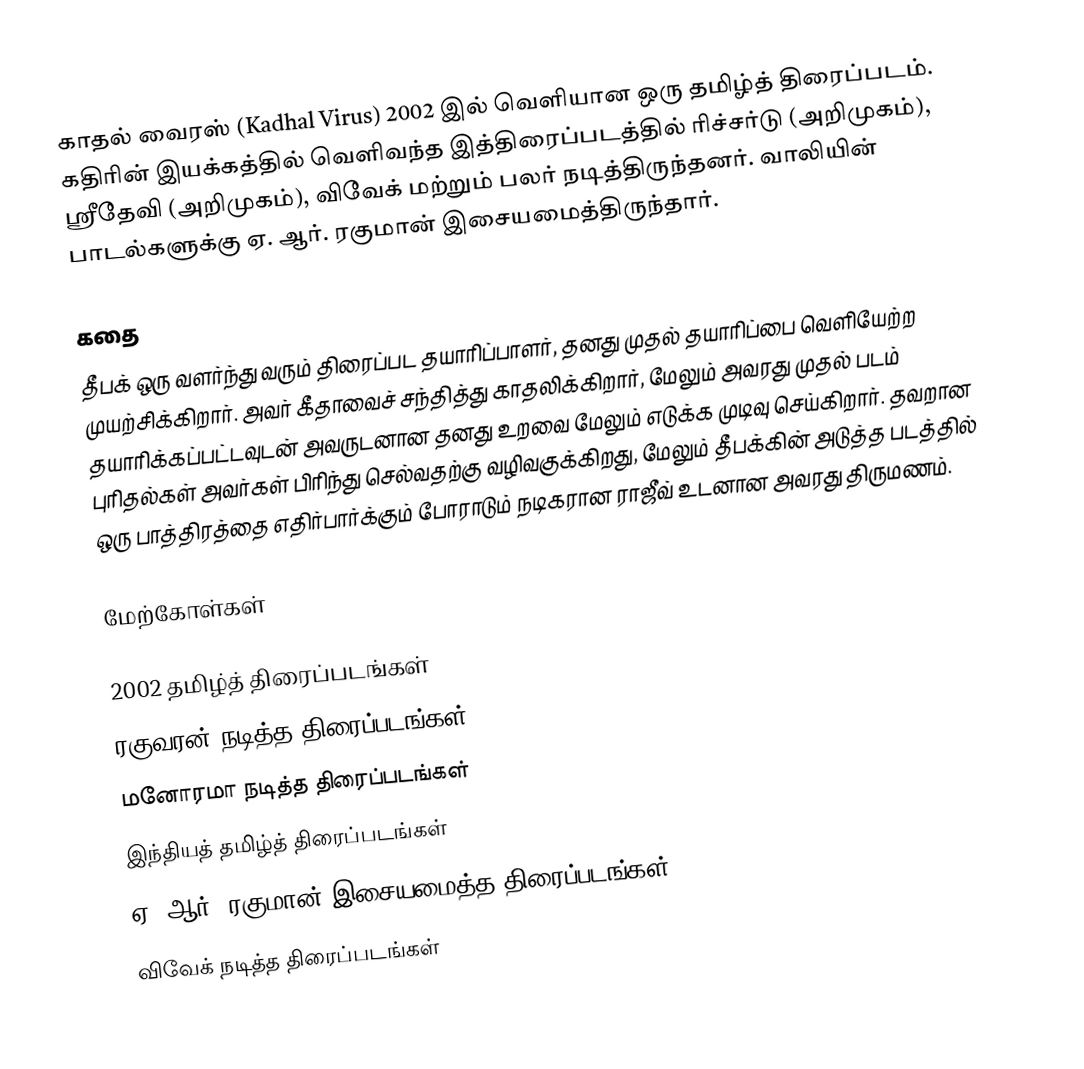
காதல் வைரஸ் (Kadhal Virus) 2002 இல் வெளியான ஒரு தமிழ்த் திரைப்படம். கதிரின் இயக்கத்தில் வெளிவந்த இத்திரைப்படத்தில் ரிச்சர்டு (அறிமுகம்), ஸ்ரீதேவி (அறிமுகம்), விவேக் மற்றும் பலர் நடித்திருந்தனர். வாலியின் பாடல்களுக்கு ஏ. ஆர். ரகுமான் இசையமைத்திருந்தார்.

கதை
தீபக் ஒரு வளர்ந்து வரும் திரைப்பட தயாரிப்பாளர், தனது முதல் தயாரிப்பை வெளியேற்ற முயற்சிக்கிறார். அவர் கீதாவைச் சந்தித்து காதலிக்கிறார், மேலும் அவரது முதல் படம் தயாரிக்கப்பட்டவுடன் அவருடனான தனது உறவை மேலும் எடுக்க முடிவு செய்கிறார். தவறான புரிதல்கள் அவர்கள் பிரிந்து செல்வதற்கு வழிவகுக்கிறது, மேலும் தீபக்கின் அடுத்த படத்தில் ஒரு பாத்திரத்தை எதிர்பார்க்கும் போராடும் நடிகரான ராஜீவ் உடனான அவரது திருமணம்.

மேற்கோள்கள்

2002 தமிழ்த் திரைப்படங்கள்
ரகுவரன் நடித்த திரைப்படங்கள்
மனோரமா நடித்த திரைப்படங்கள்
இந்தியத் தமிழ்த் திரைப்படங்கள்
ஏ. ஆர். ரகுமான் இசையமைத்த திரைப்படங்கள்
விவேக் நடித்த திரைப்படங்கள்